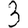
Digit: 3